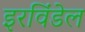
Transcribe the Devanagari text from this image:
इरविंडेल